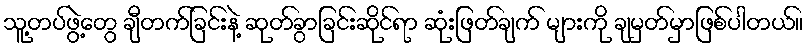
သူ့တပ်ဖွဲ့တွေ ချီတက်ခြင်းနဲ့ ဆုတ်ခွာခြင်းဆိုင်ရာ ဆုံးဖြတ်ချက် များကို ချမှတ်မှာဖြစ်ပါတယ်။